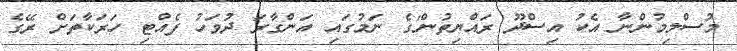
މުސްލިމުންނާ އެކު އިސްދޫ ރައްޔިތުން'ގެ ނަމުގައި އަންގާރަ ދުވަހު ފެއްޓި ހަރަކާތަށް ރޭގެ